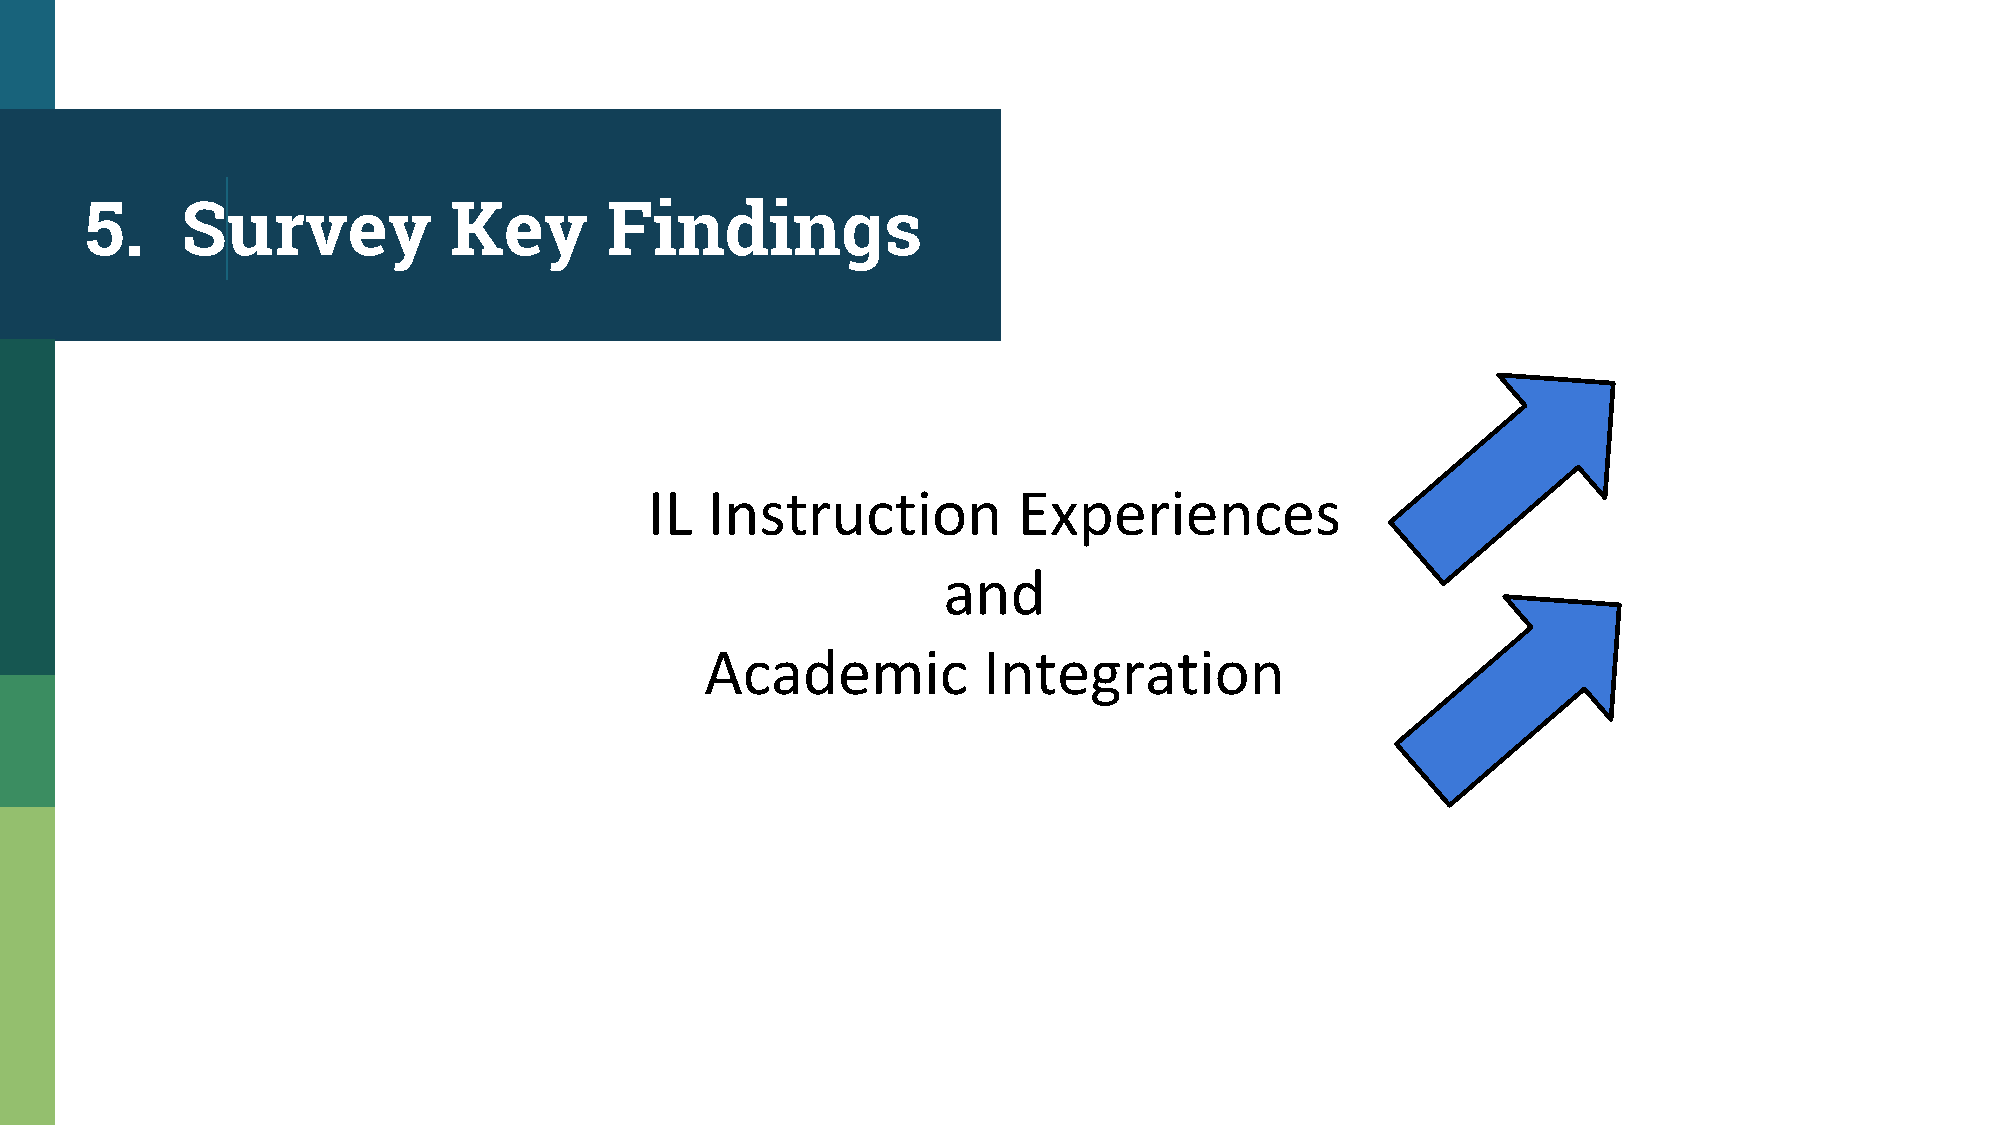
5.    Survey            Key       Findings